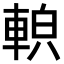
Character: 𨌓